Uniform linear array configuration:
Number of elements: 48
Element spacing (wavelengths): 0.75
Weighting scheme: kaiser
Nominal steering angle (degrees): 15
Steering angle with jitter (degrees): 13.732
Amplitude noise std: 0.05
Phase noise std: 0.05

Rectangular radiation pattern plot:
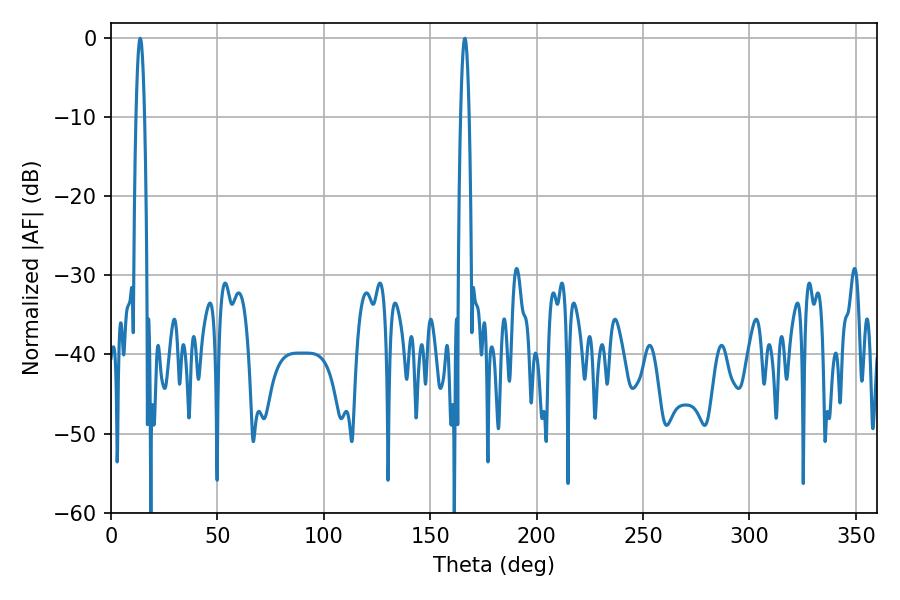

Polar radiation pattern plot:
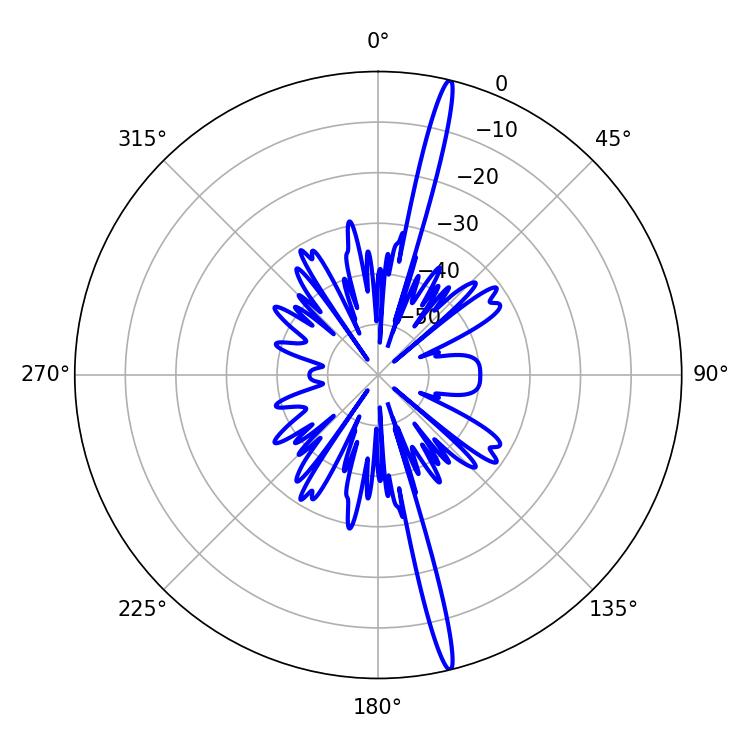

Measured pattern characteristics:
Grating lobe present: TRUE
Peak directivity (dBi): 19.97
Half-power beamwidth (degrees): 2.16
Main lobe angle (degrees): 13.68